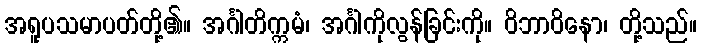
အရူပသမာပတ်တို့၏။ အင်္ဂါတိက္ကမံ၊ အင်္ဂါကိုလွန်ခြင်းကို။ ဝိဘာဝိနော၊ တို့သည်။